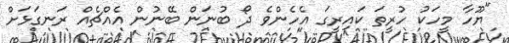
"ޔޫހާ މީހަކު ހުރީތަ ކައިރީގަ އެހެންވެ ދޯ ބުނަން ބޭނުން އެއްޗެއް ރަނގަޅަށް